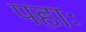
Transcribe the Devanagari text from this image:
पहाः